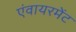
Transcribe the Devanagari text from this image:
एंवायरमेंट